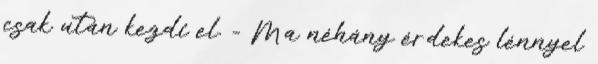
csak után kezdi el. - Ma néhány érdekes lénnyel